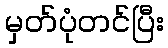
မှတ်ပုံတင်ပြီး